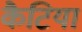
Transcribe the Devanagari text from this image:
कैटिया